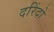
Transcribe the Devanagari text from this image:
दरिंदो